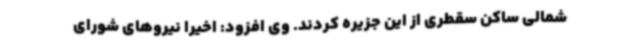
شمالی ساکن سقطری از این جزیره کردند. وی افزود: اخیراً نیروهای شورای